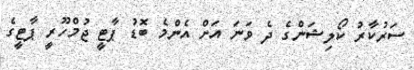
ސަރުކާރު ކޯލިޝަންގެ ދެ ވަނަ އަށް އެންމެ ބޮޑު ޕާޓީ ޖުމްހޫރީ ޕާޓީގެ